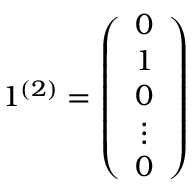
1 ^ { ( 2 ) } = \left( \begin{array} { c } { { 0 } } \\ { { 1 } } \\ { { 0 } } \\ { { \vdots } } \\ { { 0 } } \end{array} \right)